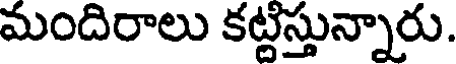
మందిరాలు కట్టిస్తున్నారు.